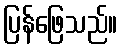
ပြန်ဖြေသည်။